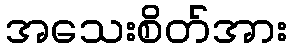
အသေးစိတ်အား